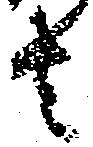
者